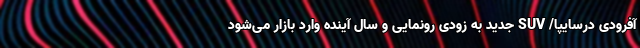
آفرودی درسایپا/ SUV جدید به زودی رونمایی و سال آینده وارد بازار می‌شود